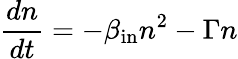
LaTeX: \frac{dn}{dt}=-\beta_{\mathrm{{in}}}n^{2}-\Gamma n